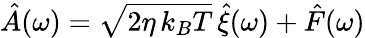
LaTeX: \hat{A}(\omega)=\sqrt{2\eta\, k_{B}T}\, \hat{\xi}(\omega)+\hat{F}(\omega)